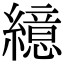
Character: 繶